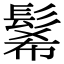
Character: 𩭉